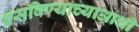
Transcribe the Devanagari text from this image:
बसविण्याच्याआधी